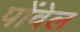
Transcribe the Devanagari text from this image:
पोंवेल